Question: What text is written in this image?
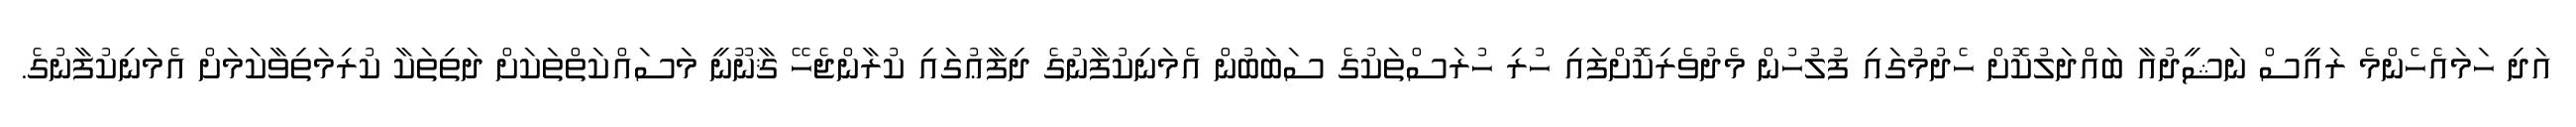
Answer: އަދި ހަމައެހެންމެ ރައީސް ނަޝީދުއާ ބައްދަލުކޮށް ހެދުމުގައި ފުލުހުން މެދުވެރިކޮށްފައި ހުރި ހުރަސްތަކުގެ ސަބަބުން އެމަނިކުފާނުގެ ދިފާޢުގައި ކުރާންޖެހޭ ޤާނޫނީ މަސައްކަތްތަކަށް ދަތިތަކާ ކުރިމަތިވާކަމަށް އެމަނިކުފާނުގެ.